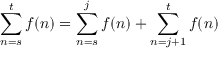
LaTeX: \sum _ { n = s } ^ { t } f ( n ) = \sum _ { n = s } ^ { j } f ( n ) + \sum _ { n = j + 1 } ^ { t } f ( n ) \quad